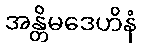
အန္တိမဒေဟိနံ